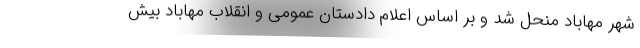
شهر مهاباد منحل شد و بر اساس اعلام دادستان عمومی و انقلاب مهاباد بیش